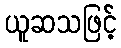
ယူဆသဖြင့်